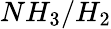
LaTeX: NH_{3}/H_{2}